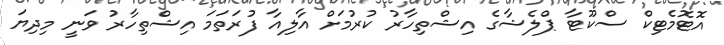
އޮޓޮމެޓިކް ސްކޫޓާ ޕްލެޝާގެ އިޝްތިހާރު ކުރުމަށް އާލިއާ ފުރަތަމަ އިޝްތިހާރު ވަނީ މިދިޔަ